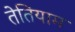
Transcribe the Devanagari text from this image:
तेतियाम